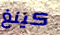
كينغ